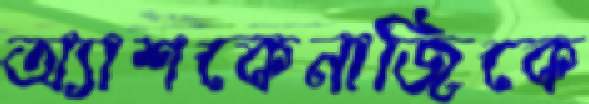
অ্যাশকেনাজিকে